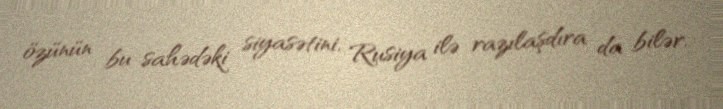
özünün bu sahədəki siyasətini, Rusiya ilə razılaşdıra da bilər.